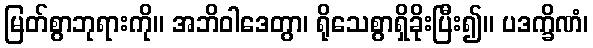
မြတ်စွာဘုရားကို။ အဘိဝါဒေတွာ၊ ရိုသေစွာရှိခိုးပြီး၍။ ပဒက္ခိဏံ၊